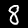
Label: 8